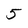
Character: 5